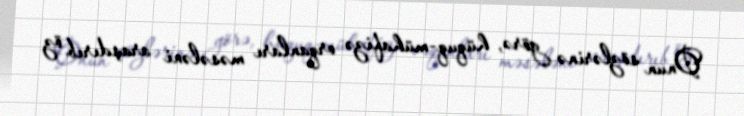
Onun sözlərinə görə, hüquq-mühafizə orqanları məsələni araşdırıb öz